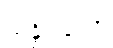
သန္နိပါတော